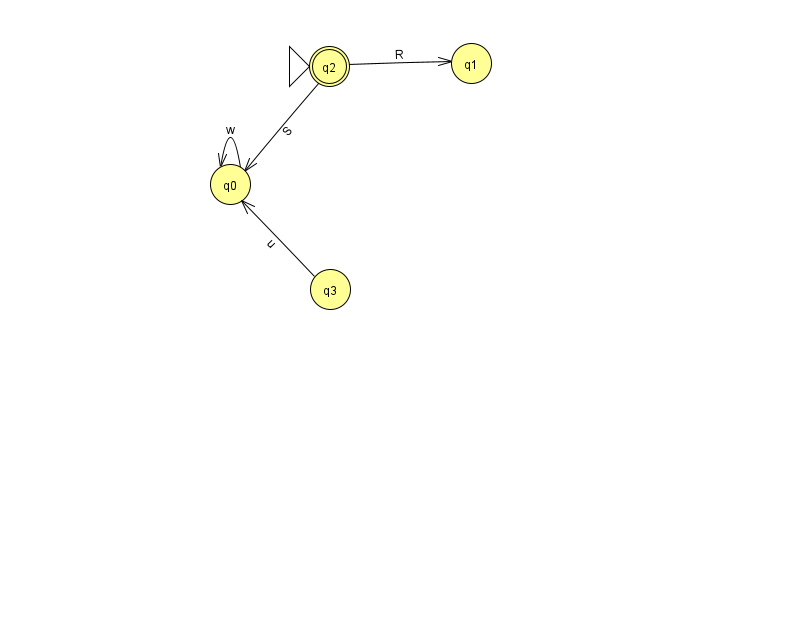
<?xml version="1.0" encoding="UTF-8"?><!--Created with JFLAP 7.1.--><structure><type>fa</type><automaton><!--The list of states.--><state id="0" name="q0"><x>230.0</x><y>171.0</y></state><state id="1" name="q1"><x>471.0</x><y>50.0</y></state><state id="2" name="q2"><x>329.0</x><y>53.0</y><initial/><final/></state><state id="3" name="q3"><x>330.0</x><y>276.0</y></state><!--The list of transitions.--><transition><from>2</from><to>1</to><read>R</read></transition><transition><from>2</from><to>0</to><read>S</read></transition><transition><from>3</from><to>0</to><read>u</read></transition><transition><from>0</from><to>0</to><read>w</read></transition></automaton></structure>